Madras plague regulations in force outside the Presidency town - Volume 3
Disease focus: Plague
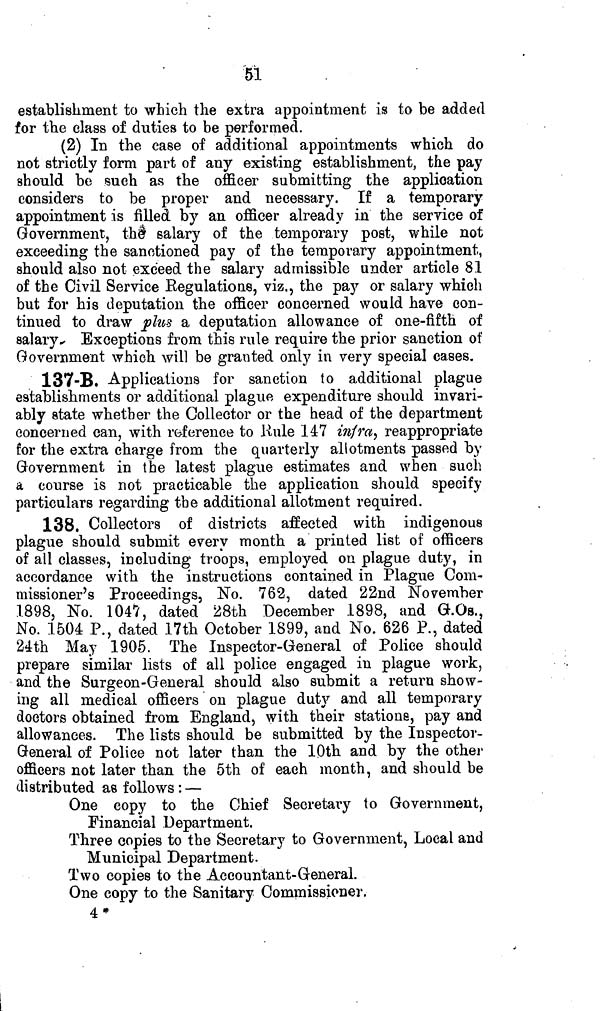
51
establishment to which the extra appointment is to be added
for the class of duties to be performed.
(2) In the case of additional appointments which do
not strictly form part of any existing establishment, the pay
should be such as the officer submitting the application
considers to be proper and necessary. If a temporary
appointment is filled by an officer already in the service of
Government, the salary of the temporary post, while not
exceeding the sanctioned pay of the temporary appointment,
should also not exceed the salary admissible under article 81
of the Civil Service Regulations, viz., the pay or salary which
but for his deputation the officer concerned would have con-
tinued to draw plus a deputation allowance of one-fifth of
salary^ Exceptions from this rule require the prior sanction of
Government which will be granted only in very special cases.
137-B. Applications for sanction to additional plague
establishments or additional plague expenditure should invari-
ably state whether the Collector or the head of the department
concerned can, with reference to Kule 147 infra, reappropriate
for the extra charge from the quarterly allotments passed by
Government in the latest plague estimates and when such
a course is not practicable the application should specify
particulars regarding the additional allotment required.
138. Collectors of districts affected with indigenous
plague should submit every month a printed list of officers
of all classes, including troops, employed on plague duty, in
accordance with the instructions contained in Plague Com-
missioner's Proceedings, No. 762, dated 22nd November
1898, No. 1047, dated 28th December 1898, and G.Os.,
No. 1504 P., dated 17th October 1899, and No. 626 P., dated
24th May 1905. The Inspector-General of Police should
prepare similar lists of all police engaged in plague work,
and the Surgeon-General should also submit a return show-
ing all medical officers on plague duty and all temporary
doctors obtained from England, with their stations, pay and
allowances. The lists should be submitted by the Inspector-
General of Police not later than the 10th and by the other
officers not later than the 5th of each month, and should be
distributed as follows : —
One copy to the Chief Secretary to Government,
Financial Department.
Three copies to the Secretary to Government, Local and
Municipal Department.
Two copies to the Accountant-General.
One copy to the Sanitary Commissioner.
4*